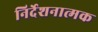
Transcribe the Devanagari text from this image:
निर्देशनात्मक